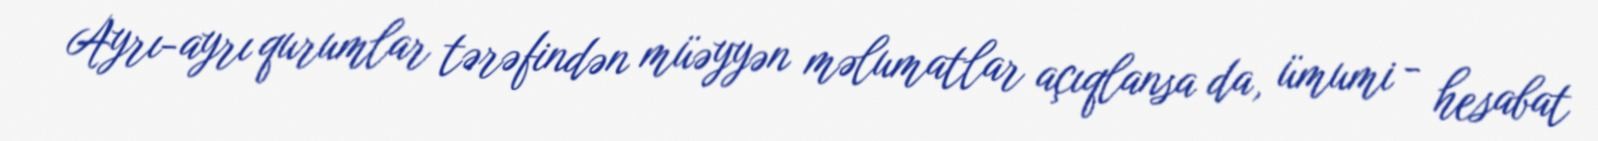
Ayrı-ayrı qurumlar tərəfindən müəyyən məlumatlar açıqlansa da, ümumi - hesabat